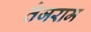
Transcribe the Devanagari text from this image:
तेजराम